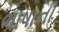
ભાષાની